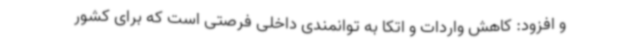
و افزود: کاهش واردات و اتکا به توانمندی داخلی فرصتی است که برای کشور